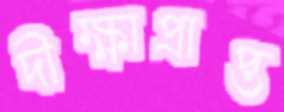
দীক্ষাপ্রাপ্ত